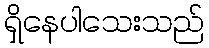
ရှိနေပါသေးသည်